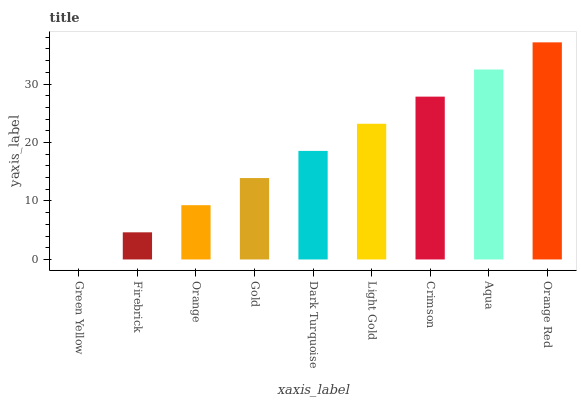
| xaxis_label | bars |
 | --- | --- |
 | Green Yellow | 0 |
 | Firebrick | 4.64 |
 | Orange | 9.28 |
 | Gold | 13.9 |
 | Dark Turquoise | 18.6 |
 | Light Gold | 23.2 |
 | Crimson | 27.8 |
 | Aqua | 32.5 |
 | Orange Red | 37.1 |